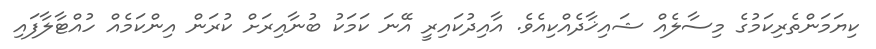
ކިޔަމަންތެރިކަމުގެ މިސާލެއް ޝައިޚާދެއްކިއެވެ. އާއިދުކައިރީ އޭނަ ކަމަކު ބުނާއިރަށް ކުރަން އިންކަމެއް ހުއްޓާލާފައި